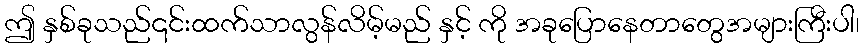
ဤ နှစ်ခုသည်၎င်းထက်သာလွန်လိမ့်မည် နှင့် ကို အခုပြောနေတာတွေအများကြီးပါ၊